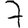
Digit: 7